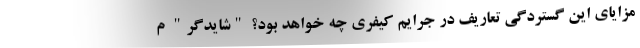
مزایای این گستردگی تعاریف در جرایم کیفری چه خواهد بود؟ "شایدگر" م